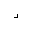
\lrcorner